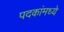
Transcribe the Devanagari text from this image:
पदकांमध्ये